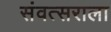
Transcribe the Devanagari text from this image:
संवत्सराला